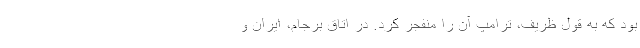
بود که به قول ظریف، ترامپ آن را منفجر کرد. در اتاق برجام، ایران و